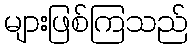
များဖြစ်ကြသည်